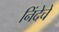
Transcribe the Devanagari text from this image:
निंदेचे